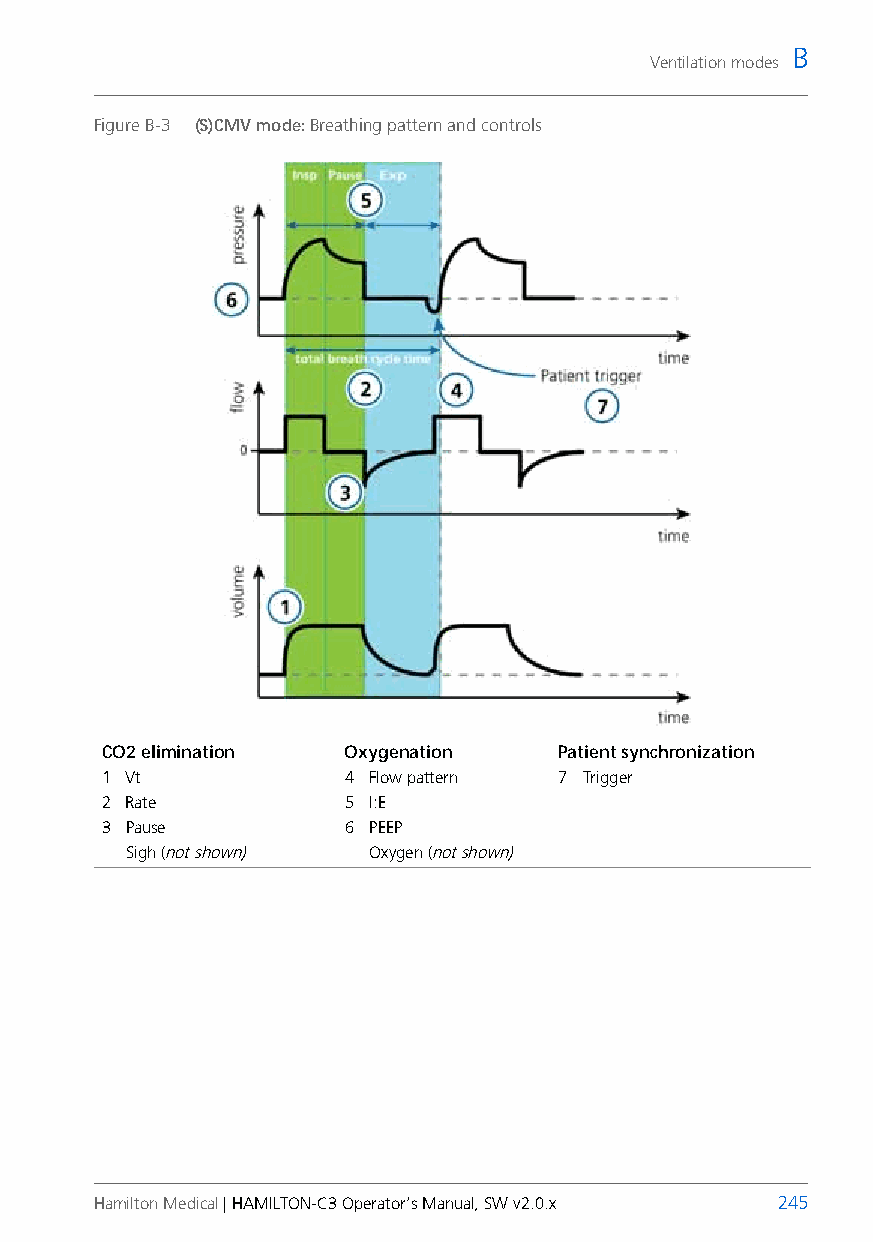
B
 Ventilation modes
 Figure B-3 (S)CMV mode: Breathing pattern and controls
 CO2 elimination Oxygenation   Patient synchronization
 1 Vt            4 Flow pattern 7 Trigger
 2 Rate          5 I:E
 3 Pause         6 PEEP
 Sigh (not shown) Oxygen (not shown)
 Hamilton Medical | HAMILTON-C3 Operator’s Manual, SW v2.0.x 245